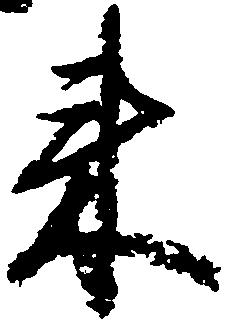
来